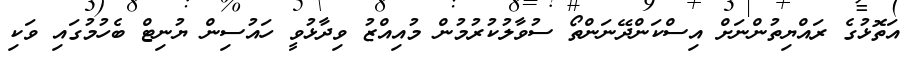
އަތޮޅުގެ ރައްޔިތުންނަށް އިސްކަންދޭނަންތޯ ސުވާލުކުރުމުން މުއިއްޒު ވިދާޅުވީ ހައުސިން ޔުނިޓް ބެހުމުގައި ވަކި